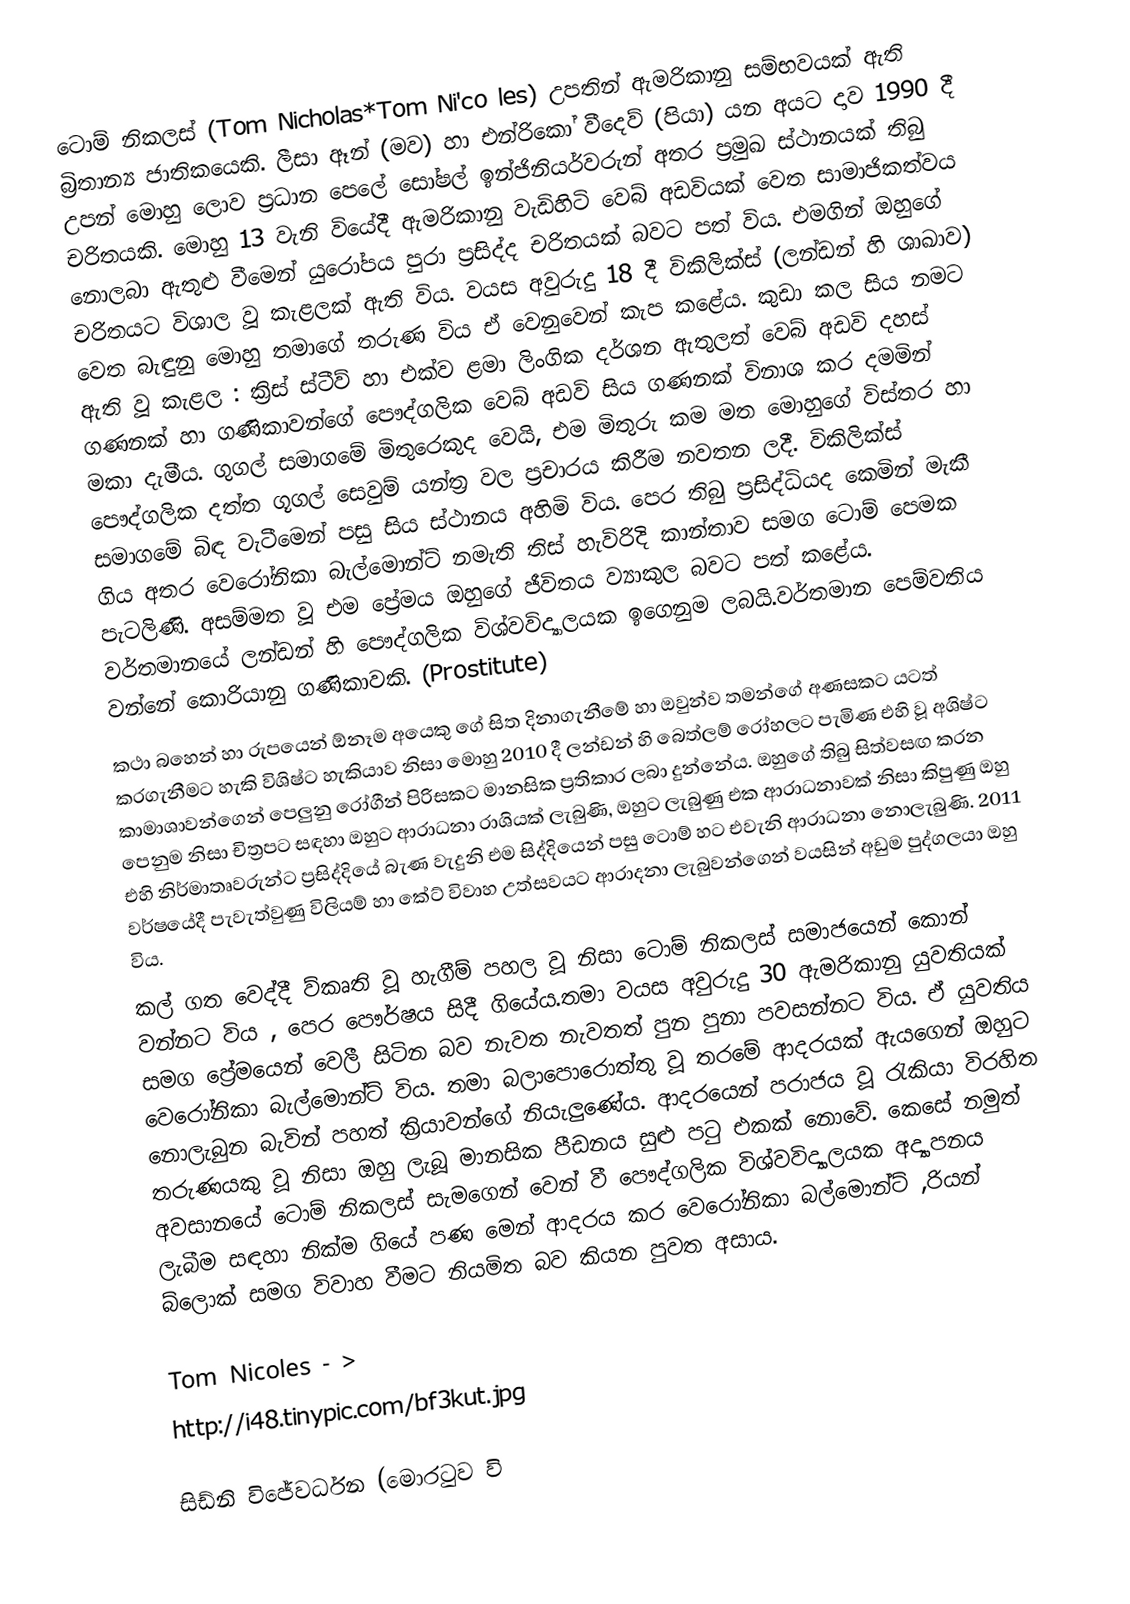
ටොම් නිකලස් (Tom Nicholas*Tom Ni'co les)  උපතින් ඇමරිකානු සම්භවයක් ඇති  බ්‍රිතාන්‍ය ජාතිකයෙකි. ලීසා ඈන් (මව) හා එන්රිකෝ වීදෙව් (පියා) යන අයට දාව 1990 දී උපන් මොහු  ලොව ප්‍රධාන පෙලේ සෝෂල් ඉන්ජිනියර්වරුන් අතර ප්‍රමුඛ ස්ථානයක් තිබු  චරිතයකි. මොහු 13 වැනි වියේදී ඇමරිකානු වැඩිහිටි වෙබ් අඩවියක් වෙත සාමාජිකත්වය නොලබා ඇතුළු වීමෙන් යුරෝපය පුරා ප්‍රසිද්ද චරිතයක් බවට පත් විය. එමගින් ඔහුගේ චරිතයට  විශාල වූ කැළලක් ඇති විය. වයස අවුරුදු 18 දී විකිලික්ස් (ලන්ඩන්  හි ශාඛාව) වෙත බැඳුනු මොහු තමාගේ තරුණ විය ඒ වෙනුවෙන් කැප කළේය. කුඩා කල  සිය නමට  ඇති වූ කැළල  : ක්‍රිස්  ස්ටීව් හා එක්ව ළමා ලිංගික දර්ශන ඇතුලත් වෙබ් අඩවි දහස් ගණනක් හා  ගණිකාවන්ගේ පෞද්ගලික  වෙබ් අඩවි සිය ගණනක් විනාශ කර දමමින් මකා දැමීය. ගුගල් සමාගමේ මිතුරෙකුද වෙයි, එම මිතුරු කම මත මොහුගේ විස්තර හා පෞද්ගලික දත්ත ගූගල් සෙවුම් යන්ත්‍ර වල ප්‍රචාරය කිරීම නවතන ලදී. විකිලික්ස් සමාගමේ බිඳ වැටීමෙන් පසු සිය ස්ථානය අහිමි විය. පෙර තිබු ප්‍රසිද්ධියද  කෙමින් මැකී ගිය අතර වෙරෝනිකා බැල්මොන්ට් නමැති තිස් හැවිරිදි කාන්තාව සමග ටොම් පෙමක පැටලිණි. අසම්මත වූ එම ප්‍රේමය ඔහුගේ ජීවිතය ව්‍යාකුල බවට පත් කළේය. වර්තමානයේ ලන්ඩන් හි පෞද්ගලික විශ්වවිද්‍යාලයක ඉගෙනුම ලබයි.වර්තමාන පෙම්වතිය වන්නේ කොරියානු ගණිකාවකි. (Prostitute)
කථා බහෙන් හා රුපයෙන්  ඕනෑම අයෙකු ගේ සිත දිනාගැනීමේ හා ඔවුන්ව තමන්ගේ අණසකට යටත් කරගැනීමට හැකි විශිෂ්ට හැකියාව නිසා මොහු 2010 දී ලන්ඩන් හි බෙත්ලම් රෝහලට පැමිණ  එහි වූ අශිෂ්ට  කාමාශාවන්ගෙන් පෙලුනු  රෝගීන් පිරිසකට මානසික ප්‍රතිකාර ලබා දුන්නේය. ඔහුගේ තිබු සිත්වසඟ කරන පෙනුම නිසා චිත්‍රපට සඳහා ඔහුට ආරාධනා රාශියක් ලැබුණි, ඔහුට ලැබුණු එක ආරාධනාවක්   නිසා   කිපුණු ඔහු එහි නිර්මාතෘවරුන්ට ප්‍රසිද්දියේ බැණ වැදුනි  එම සිද්දියෙන් පසු ටොම් හට   එවැනි ආරාධනා නොලැබුණි. 2011 වර්ෂයේදී පැවැත්වුණු විලියම් හා කේට් විවාහ උත්සවයට ආරාදනා ලැබුවන්ගෙන් වයසින් අඩුම පුද්ගලයා ඔහු විය.
කල් ගත වෙද්දී ව්කෘති වූ හැගීම් පහල වූ නිසා ටොම් නිකලස් සමාජයෙන් කොන් වන්නට විය , පෙර පෞර්ෂය සිදී ගියේය.තමා වයස අවුරුදු 30 ඇමරිකානු යුවතියක් සමග ප්‍රේමයෙන් වෙලී සිටින බව නැවත නැවතත් පුන පුනා පවසන්නට විය. ඒ යුවතිය වෙරෝනිකා බැල්මොන්ට් විය. තමා බලාපොරොත්තු වූ තරමේ ආදරයක් ඇයගෙන් ඔහුට නොලැබුන බැවින් පහත් ක්‍රියාවන්ගේ නියැලුණේය. ආදරයෙන් පරාජය වූ රැකියා විරහිත තරුණයකු වූ නිසා ඔහු ලැබූ මානසික පීඩනය සුළු පටු එකක් නොවේ. කෙසේ නමුත් අවසානයේ ටොම් නිකලස් සැමගෙන් වෙන් වී පෞද්ගලික විශ්වවිද්‍යාලයක අද්‍යාපනය ලැබීම සඳහා නික්ම ගියේ පණ මෙන් ආදරය කර වෙරෝනිකා බල්මොන්ට් ,රියන් බ්ලොක් සමග විවාහ වීමට නියමිත බව කියන පුවත අසාය.

Tom Nicoles - >
http://i48.tinypic.com/bf3kut.jpg

සිඩ්නි විජේවර්ධන (මොරටුව වි